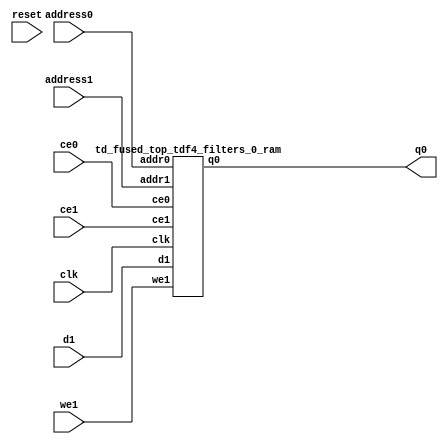
`define EXPONENT 5
`define MANTISSA 10
`define ACTUAL_MANTISSA 11
`define EXPONENT_LSB 10
`define EXPONENT_MSB 14
`define MANTISSA_LSB 0
`define MANTISSA_MSB 9
`define MANTISSA_MUL_SPLIT_LSB 3
`define MANTISSA_MUL_SPLIT_MSB 9
`define SIGN 1
`define SIGN_LOC 15
`define DWIDTH (`SIGN+`EXPONENT+`MANTISSA)
`define IEEE_COMPLIANCE 1

module td_fused_top_tdf4_filters_0(
    reset,
    clk,
    address0,
    ce0,
    q0,
    address1,
    ce1,
    we1,
    d1);

parameter DataWidth = 32'd64;
parameter AddressRange = 32'd1152;
parameter AddressWidth = 32'd11;
input reset;
input clk;
input[AddressWidth - 1:0] address0;
input ce0;
output[DataWidth - 1:0] q0;
input[AddressWidth - 1:0] address1;
input ce1;
input we1;
input[DataWidth - 1:0] d1;



td_fused_top_tdf4_filters_0_ram td_fused_top_tdf4_filters_0_ram_U(
    .clk( clk ),
    .addr0( address0 ),
    .ce0( ce0 ),
    .q0( q0 ),
    .addr1( address1 ),
    .ce1( ce1 ),
    .we1( we1 ),
    .d1( d1 )
);

endmodule
module td_fused_top_tdf4_filters_0_ram (addr0, ce0, q0, addr1, ce1, d1, we1,  clk);

parameter DWIDTH = 64;
parameter AWIDTH = 11;
parameter MEM_SIZE = 1152;

input[AWIDTH-1:0] addr0;
input ce0;
output reg[DWIDTH-1:0] q0;
input[AWIDTH-1:0] addr1;
input ce1;
input[DWIDTH-1:0] d1;
input we1;
input clk;

 reg [DWIDTH-1:0] ram[MEM_SIZE-1:0];




always @(posedge clk)  
begin 
    if (ce0) begin
        q0 <= ram[addr0];
    end
end


always @(posedge clk)  
begin 
    if (ce1) begin
        if (we1) 
            ram[addr1] <= d1; 
    end
end


endmodule